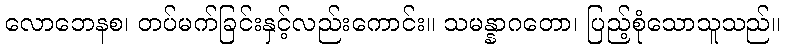
လောဘေနစ၊ တပ်မက်ခြင်းနှင့်လည်းကောင်း။ သမန္နာဂတော၊ ပြည့်စုံသောသူသည်။